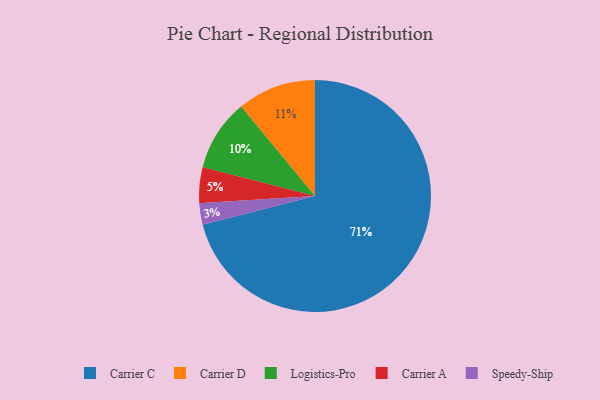
{"axis": {"x": "Category", "y": "Percentage"}, "legend": ["Carrier A", "Carrier C", "Carrier D", "Logistics-Pro", "Speedy-Ship"], "data": [{"x": "Carrier D", "y": 11, "type": "Carrier D"}, {"x": "Speedy-Ship", "y": 3, "type": "Speedy-Ship"}, {"x": "Carrier C", "y": 71, "type": "Carrier C"}, {"x": "Logistics-Pro", "y": 10, "type": "Logistics-Pro"}, {"x": "Carrier A", "y": 5, "type": "Carrier A"}]}